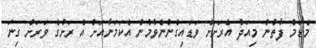
މެޑަމް ފާތުން މިއަދު އެރަށަށް ވަޑައިގެންނެވުމުން އެކަމަނާއަށް އެ ރަށުގެ ވަރަށް ގިނަ